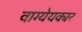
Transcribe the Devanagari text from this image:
वाग्येयकार